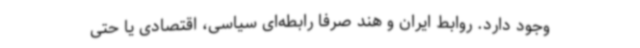
وجود دارد. روابط ایران و هند صرفا رابطه‌ای سیاسی، اقتصادی یا حتی